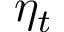
\eta _ { t }